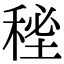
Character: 𥟚